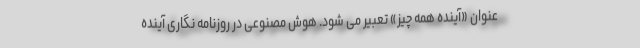
عنوان «آینده همه چیز» تعبیر می شود. هوش مصنوعی در روزنامه نگاری آینده